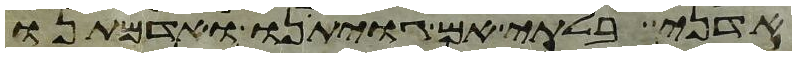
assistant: אדני בלתי אם גויתינו ואדמתנו